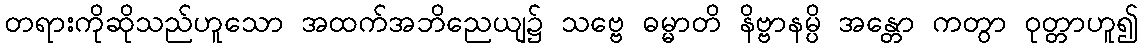
တရားကိုဆိုသည်ဟူသော အထက်အဘိညေယျ၌ သဗ္ဗေ ဓမ္မာတိ နိဗ္ဗာနမ္ပိ အန္တော ကတွာ ဝုတ္တာဟူ၍